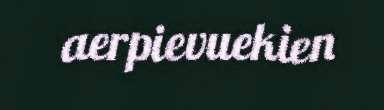
aerpievuekien